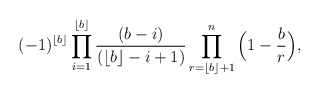
\begin{align*}(-1)^{\lfloor{b}\rfloor}\prod_{i=1}^{\lfloor{b}\rfloor}\frac{(b-i)}{(\lfloor{b}\rfloor-i+1)}\prod_{r=\lfloor{b}\rfloor+1}^{n}\Big(1-\frac{b}{r}\Big),\end{align*}